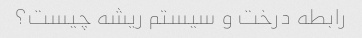
رابطه درخت و سیستم ریشه چیست؟